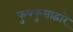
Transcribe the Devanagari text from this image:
फुफ्फुसाद्वारे